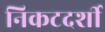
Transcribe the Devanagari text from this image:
निकटदर्शी